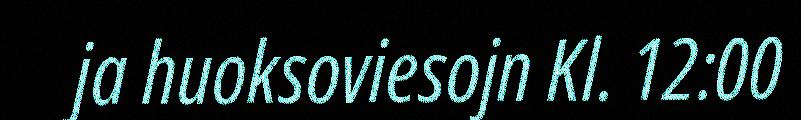
ja huoksoviesojn Kl. 12:00